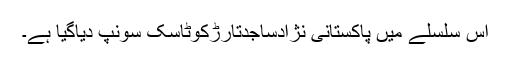
اس سلسلے میں پاکستانی نژادساجدتارڑکوٹاسک سونپ دیاگیا ہے۔